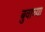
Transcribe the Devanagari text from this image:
बुवाच्या